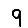
Digit: 9